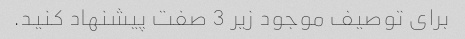
برای توصیف موجود زیر 3 صفت پیشنهاد کنید.